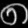
Digit: ၈